Leaving Certificate Examination (including Day School Certificate (Higher) General paper), 1935
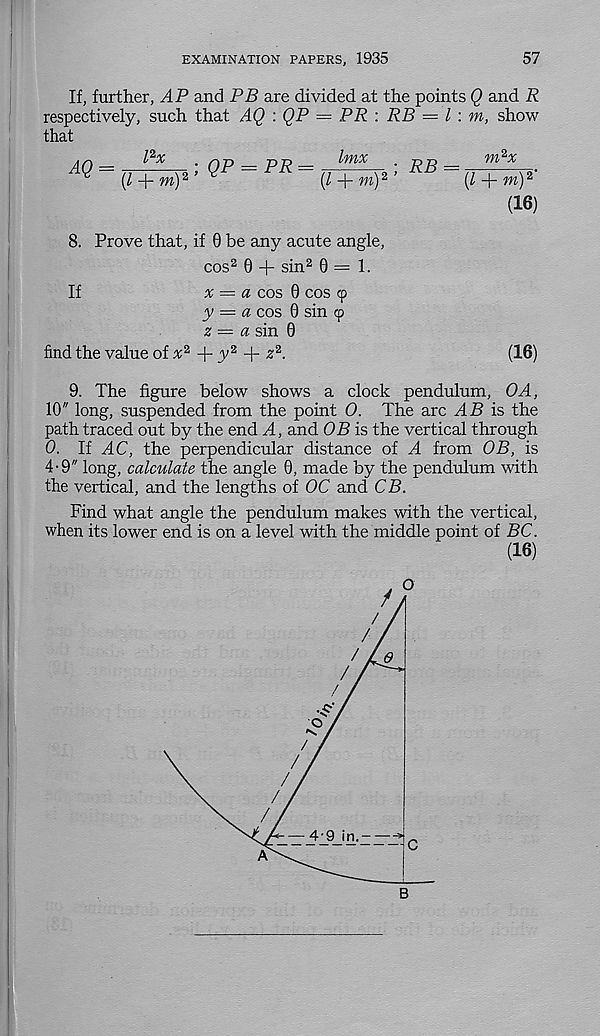
EXAMINATION PAPERS, 1935
57
If, further, AP and PB are divided at the points Q and R
respectively, such that AQ : QP = PR : RB = l : m, show
that
(16)
if 6 be any acute angle,
cos 2 0 + sin 2 0=1.
x = a cos 0 cos cp
y — a cos 0 sin (p
z — a sin 0
+ y 2 + z 2 .
8. Prove that
If
(16)
find the value of x 2
9. The figure below shows a clock pendulum, OA,
10" long, suspended from the point 0. The arc ^45 is the
path traced out by the end A, and OB is the vertical through
0. If ^4C, the perpendicular distance of A from OB, is
4'9" long, calculate the angle 0, made by the pendulum with
the vertical, and the lengths of OC and CB.
Find what angle the pendulum makes with the vertical,
when its lower end is on a level with the middle point of BC.
(16)
o
c
B